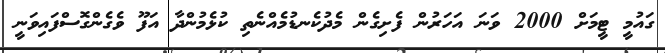
ގައުމީ ޓީމަށް 2000 ވަނަ އަހަރުން ފެށިގެން މެދުކެނޑުމެއްނެތި ކުޅެމުންދާ އަފޫ ވެގެންގޮސްފައިވަނީ